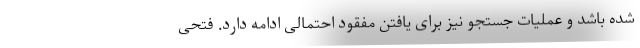
شده باشد و عملیات جستجو نیز برای یافتن مفقود احتمالی ادامه دارد. فتحی